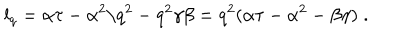
LaTeX: l _ { q } = \alpha \tau - \alpha ^ { 2 } / q ^ { 2 } - q ^ { 2 } \gamma \beta = q ^ { 2 } ( \alpha \tau - \alpha ^ { 2 } - \beta \gamma ) \; .